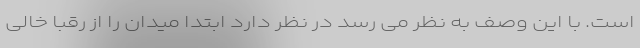
است. با این وصف به نظر می رسد در نظر دارد ابتدا میدان را از رقبا خالی